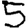
Digit: 5